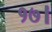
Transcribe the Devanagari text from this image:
१७।